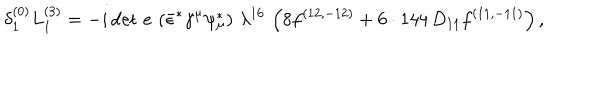
{ \delta _ { 1 } ^ { ( 0 ) } L _ { 1 } ^ { ( 3 ) } = - i \, { \det \, e } \, \left( \bar { \epsilon } ^ { * } \gamma ^ { \mu } \psi _ { \mu } ^ { * } \right) \, \lambda ^ { 1 6 } \, \left( 8 f ^ { ( 1 2 , - 1 2 ) } + 6 \cdot 1 4 4 \, D _ { 1 1 } f ^ { ( 1 1 , - 1 1 ) } \right) , }